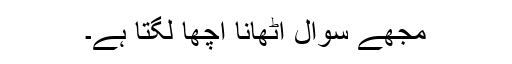
مجھے سوال اٹھانا اچھا لگتا ہے۔